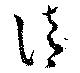
清